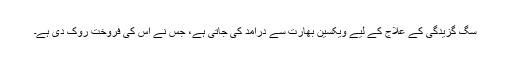
سگ گزیدگی کے علاج کے لیے ویکسین بھارت سے درآمد کی جاتی ہے، جس نے اس کی فروخت روک دی ہے۔